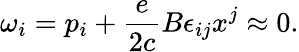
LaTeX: \omega_{i}=p_{i}+\frac{e}{2c}B\epsilon_{ij}x^{j}\approx 0.